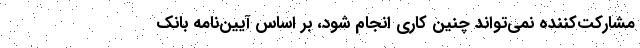
مشارکت‌کننده نمی‌تواند چنین کاری انجام شود، بر اساس آیین‌نامه بانک